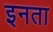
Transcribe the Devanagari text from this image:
इनता